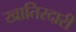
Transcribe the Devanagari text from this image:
खातिरदारी